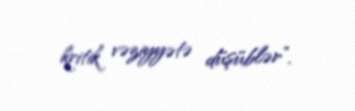
kritik vəziyyətə düşüblər”.